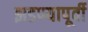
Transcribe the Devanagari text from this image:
झडण्यापूर्वी